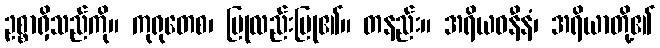
ဥစ္စာရှိသည်ကို။ ကုရုတေစ၊ ပြုလည်းပြု၏။ တနည်း။ အရိယဓနီနံ၊ အရိယာတို့၏